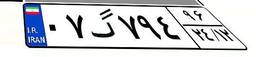
۰۷گ۷۹۴۹۶